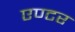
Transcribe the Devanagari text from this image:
एण्टर